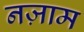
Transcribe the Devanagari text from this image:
नज़ाम